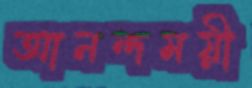
আনন্দময়ী